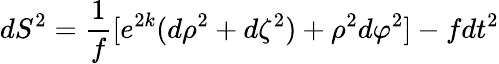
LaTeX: dS^{2}={\frac{1}{f}}\lbrack e^{2k}(d\rho^{2}+d\zeta^{2})+\rho^{2}d\varphi^{2}\rbrack-fdt^{2}